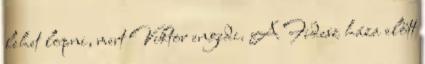
lehet lopni, mert Viktor engedi. A Fidesz háza előtt